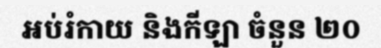
អប់រំកាយ និងកីឡា ចំនួន ២០